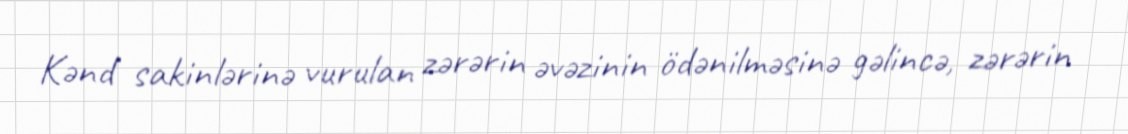
Kənd sakinlərinə vurulan zərərin əvəzinin ödənilməsinə gəlincə, zərərin